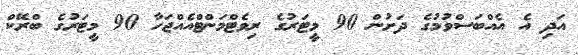
އަދި އެ އެއްބަސްވުމުގެ ދަށުން 90 މީޓަރުގެ ރިވެޓްމަންޓްއެއްޖަހާ 90 މީޓަރުގެ ބްރޭކް